Calcutta medical institutions reports 1879-81 [i.e.91]
Year: 1879
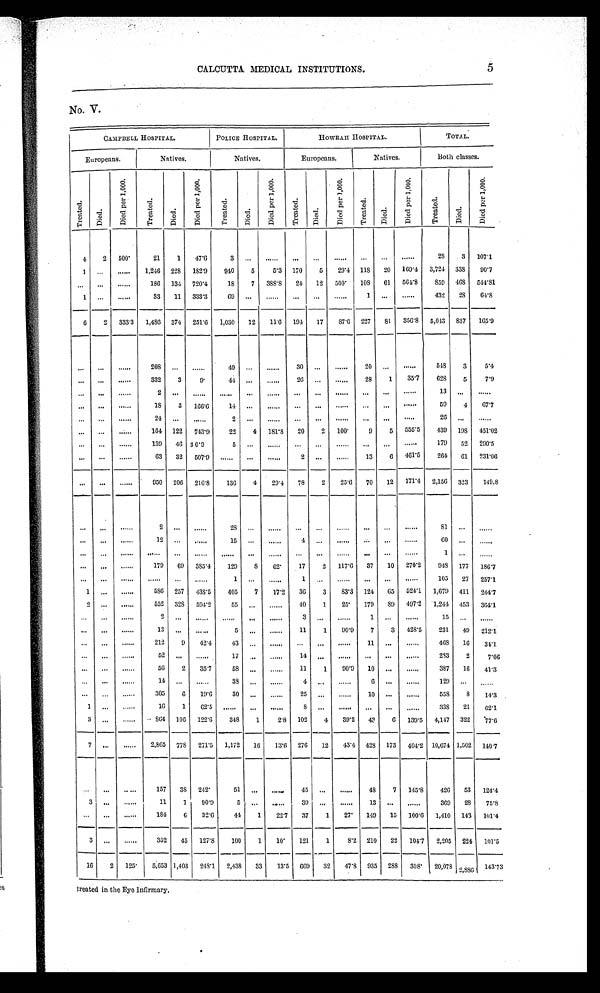
CALCUTTA MEDICAL INSTITUTIONS.
5
No. V.
CAMPBELL HOSPITAL.
POLICE HOSPITAL.
HOWRAH HOSPITAL.
TOTAL.
Europeans.
Natives.
Natives.
Europeans.
Natives.
Both classes.
T r e a t e d .
Di ed
Di e d p e r 1 , 0 0 0 .
T r e a t e d .
Di ed.
D i e d p e r 1 , 0 0 0 .
T r e a t e d .
D i e d .
Di e d p e r 1 , 0 0 0 .
T r e a t e d .
D i e d .
Di e d p e r 1 , 0 0 0 .
T r e a t e d .
Di ed.
Di e d pe r 1, 000.
T r e a t e d .
Died.
Di e d p e r 1 , 0 0 0 .
4
2 500
21
1
47.6
3 ...
...
...
. . .
...
...
...
...
28
3
107.1
1 ...
...
1,246 228 182.9
940
5
5.3 170
5
29.4 118
20
169.4 3,724 338
90.7
. . . ...
...
186 134 720.4
18
7
388.8 2 4
12 500
108
61
564.8
859 468
544.81
1 ...
...
33
11 333.3
69 ...
...
...
. . . ...
1 ...
...
432
28
64.8
6
2 333.3 1,486 374 251.6
1,030
12
11.6 194
17
87.6 227
81
356.8 5,043 837
165.9
...
...
...
208 ...
...
49
. . .
...
30
. . .
...
20 ...
...
548
3
5.4
...
...
...
332
3
9
44 . . .
...
26 ...
...
28
1
35.7
628
5
7.9
...
...
...
2 ...
. . .
. . . ...
...
...
...
...
...
...
...
13 ...
...
...
...
...
18
3
166.6
14
. . . ...
. . . . . . . . . . . . . . . . . . . . . . . . . . . . ....
. . . ...
...
59
4
67.7
. . .
. . .
. . .
24 ...
...
2 ...
...
...
...
...
. . .
. . .
...
26 ...
...
...
...
...
164 122
743.9
22
4 181.8 20
2
100
9
5 555.5
439 198 451.02
...
...
...
139
46 30.9
5 . . .
...
...
...
...
. . .
. . .
...
179
52 290.5
. . .
...
...
63
32
507.9
. . .
. . . ...
2 ...
...
13
6 461.5
264
61
231.06
...
...
...
950 206
216.8
136
4
29.4
78
2
25.6
70
12 171.4 2,156 323
149.8
...
...
...
2
. .
...
28
. . .
...
...
...
...
...
. . .
...
81
...
...
...
...
...
12
. . .
...
15 . ..
...
4 ...
...
...
...
...
6 0 ...
...
. . .
. . .
. . .
. . .
. . .
. . .
. . .
. . . ...
...
...
...
...
...
....
1
. . .
...
...
...
....
179
69 385.4
129
8
62
17
2
117.6
37
10 270.2
948 177 186.7
. . .
. . .
. . .
. . .
. . .
. . .
1 ..
...
1
. . . ...
. . . . . . . . . . . . . . . . . . .
...
...
105
27 257.1
1 ...
...
586 257
438.5
405
7
17.2
36
3
83.3 124
65 524.1 1,679 411
244.7
2
. . .
...
552 328
594.2
55 ...
...
40
1
25
179
89
497.2 1,244 453 364.1
. . . ...
...
2
. . .
. . .
. . .
. . .
...
3
. . .
. . .
1 ...
...
15 ...
...
...
...
...
13
. . .
. . .
5 ...
...
11
1
90.9
7
3 428.5
231
49 212.1
. . .
. . .
...
212
9
42.4
43
. . .
...
...
...
...
11 ...
...
468
16
34.1
...
. . .
...
52
. . .
...
17
. . .
...
14
. . .
...
. . .
...
...
283
2
7.06
. . .
. . . ...
56
2
35.7
58 ...
...
11
1
90.9
10 ...
...
387
16
41.3
... ...
...
14 ...
...
38 ...
...
4 ..
...
6 ...
...
129 ...
...
. . .
. . . ...
3 0 5
6
19.6
30
. . .
...
25
. . .
. . .
10 ...
...
558
8
14.3
1 ...
...
16
1
62.5
. . . ...
...
8
. . .
...
...
... ...
338
21
62.1
3
. . .
...
864 106 122.6
348
1
2.8 102
4
39.2
43
6
139.5 4,147 322
77.6
7
. . .
...
2,865 778 271.5
1,172
16
13.6 276
12
43.4 428 173 404.2 10,674 1,502 140.7
. . .
...
...
157
38 242
51
...
...
45 ...
...
48
7
145.8
426
53
124.4
3
. . .
...
11
1
90.9
5
...
. . .
39
. . .
...
13 ...
...
369
28
75.8
. . .
. . .
. . .
184
6
32.6
44
1
22.7
37
1
27
149
15 100.6
1,410 143 101.4
3 ...
...
352
45 127.8
100
1
10
121
1
8.2 210
22 104.7
2,205 224 101.5
16
2
125
5,653 1,403 248.1 2,438
33
13.5 669
32
47.8 935 288
308
20,078 2,886 143.73
treated in the Eye Infirmary.